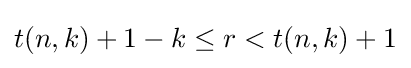
t(n,k)+1-k\leq r<t(n,k)+1